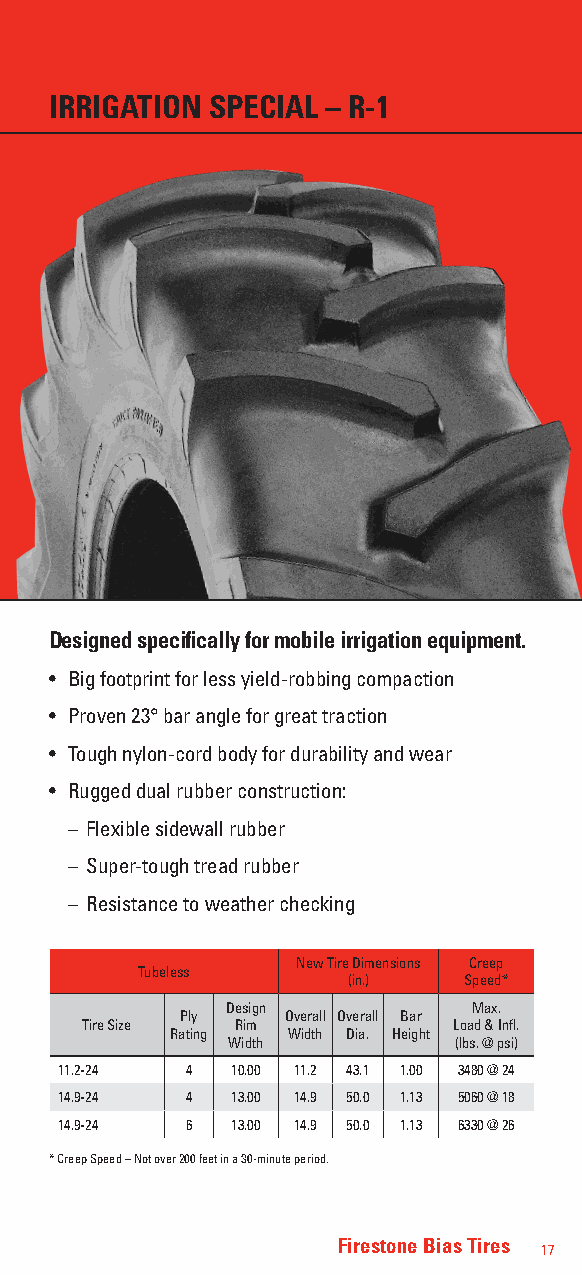
IRRIGATION SPECIAL – R-1
 Designed specifically for mobile irrigation equipment.
 • Big footprint for less yield-robbing compaction
 • Proven 23° bar angle for great traction
 • Tough nylon-cord body for durability and wear
 • Rugged dual rubber construction:
 – Flexible sidewall rubber
 – Super-tough tread rubber
 – Resistance to weather checking
 New Tire Dimensions Creep
 Tubeless
 (in.)   Speed*
 Design          Max.
 Ply    Overall Overall Bar
 Tire Size  Rim           Load & Infl.
 Rating  Width Dia. Height
 Width          (lbs. @ psi)
 11.2-24 4  10.00 11.2 43.1 1.00 3480 @ 24
 14.9-24 4  13.00 14.9 50.0 1.13 5060 @ 18
 14.9-24 6  13.00 14.9 50.0 1.13 6330 @ 26
 * Creep Speed – Not over 200 feet in a 30-minute period.
 Firestone Bias Tires
 17